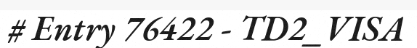
# Entry 76422 - TD2_VISA